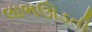
લાભઊડતી